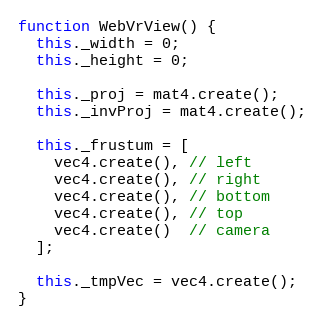
Language: JavaScript
function WebVrView() {
  this._width = 0;
  this._height = 0;

  this._proj = mat4.create();
  this._invProj = mat4.create();

  this._frustum = [
    vec4.create(), // left
    vec4.create(), // right
    vec4.create(), // bottom
    vec4.create(), // top
    vec4.create()  // camera
  ];

  this._tmpVec = vec4.create();
}